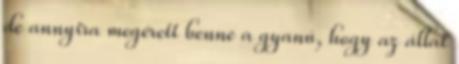
de annyira megérett benne a gyanú, hogy az állat